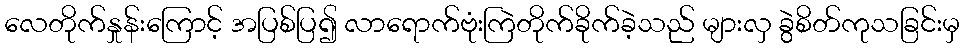
လေတိုက်နှုန်းကြောင့် အပြစ်ပြ၍ လာရောက်ဗုံးကြဲတိုက်ခိုက်ခဲ့သည် များလှ ခွဲစိတ်ကုသခြင်းမှ